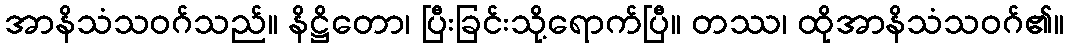
အာနိသံသဝဂ်သည်။ နိဋ္ဌိတော၊ ပြီးခြင်းသို့ရောက်ပြီ။ တဿ၊ ထိုအာနိသံသဝဂ်၏။